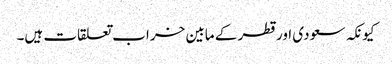
کیونکہ سعودی اور قطر کے مابین خراب تعلقات ہیں۔